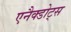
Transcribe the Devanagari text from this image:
एनैक्डोट्स